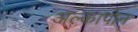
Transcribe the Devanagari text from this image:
अल्कापोन